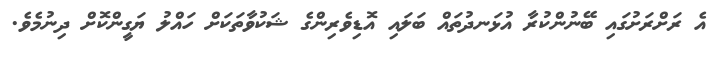
އެ ރަށްރަށުގައި ބޭނުންކުރާ އުޅަނދުތައް ބަލައި އޮޑިވެރިންގެ ޝަކުވާތަކަށް ހައްލު ޔަގީންކޮށް ދިނުމެވެ.